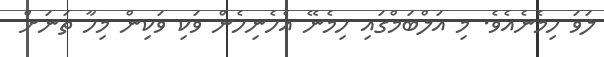
ލަވަ ހިމެނެއެވެ. މި އަލްބަމްގައި ހިމެނޭ އެހެނިހެން ވަކި ވަކިން މިހާ ތަނަށް